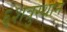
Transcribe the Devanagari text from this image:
६शत्रुस्थान